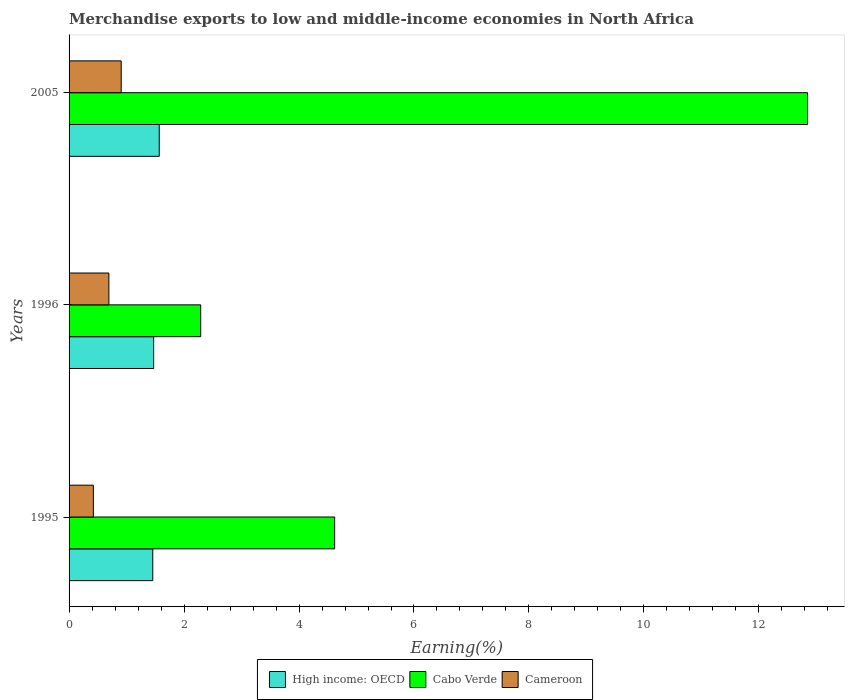
| Years | High income: OECD | Cabo Verde | Cameroon |
 | --- | --- | --- | --- |
 | 1995 | 1.46 | 4.62 | 0.423 |
 | 1996 | 1.47 | 2.29 | 0.692 |
 | 2005 | 1.57 | 12.8 | 0.907 |